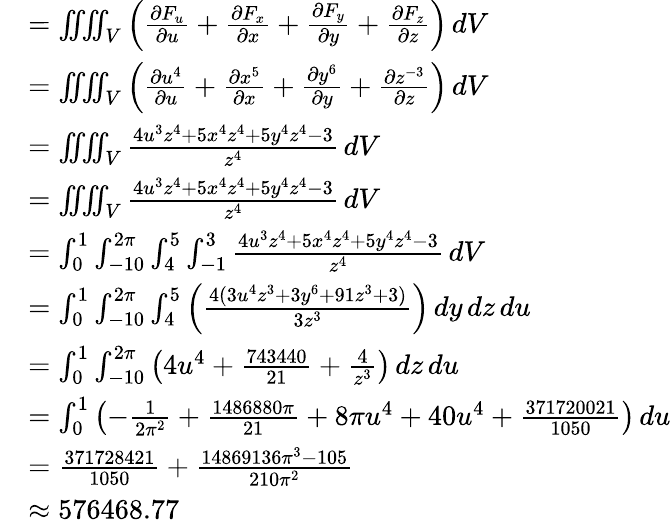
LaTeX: {\begin{array}{rl}&{=\iiiint_{V}\left({\frac{\partial F_{u}}{\partial u}}+{\frac{\partial F_{x}}{\partial x}}+{\frac{\partial F_{y}}{\partial y}}+{\frac{\partial F_{z}}{\partial z}}\right)\, dV}\\ &{=\iiiint_{V}\left({\frac{\partial u^{4}}{\partial u}}+{\frac{\partial x^{5}}{\partial x}}+{\frac{\partial y^{6}}{\partial y}}+{\frac{\partial z^{-3}}{\partial z}}\right)\, dV}\\ &{=\iiiint_{V}{\frac{4u^{3}z^{4}+5x^{4}z^{4}+5y^{4}z^{4}-3}{z^{4}}}\, dV}\\ &{=\iiiint_{V}{\frac{4u^{3}z^{4}+5x^{4}z^{4}+5y^{4}z^{4}-3}{z^{4}}}\, dV}\\ &{=\int_{0}^{1}\int_{-10}^{2\pi}\int_{4}^{5}\int_{-1}^{3}{\frac{4u^{3}z^{4}+5x^{4}z^{4}+5y^{4}z^{4}-3}{z^{4}}}\, dV}\\ &{=\int_{0}^{1}\int_{-10}^{2\pi}\int_{4}^{5}\left({\frac{4(3u^{4}z^{3}+3y^{6}+91z^{3}+3)}{3z^{3}}}\right)\, dy\, dz\, du}\\ &{=\int_{0}^{1}\int_{-10}^{2\pi}\left(4u^{4}+{\frac{743440}{21}}+{\frac{4}{z^{3}}}\right)\, dz\, du}\\ &{=\int_{0}^{1}\left(-{\frac{1}{2\pi^{2}}}+{\frac{1486880\pi}{21}}+8\pi u^{4}+40u^{4}+{\frac{371720021}{1050}}\right)\, du}\\ &{={\frac{371728421}{1050}}+{\frac{14869136\pi^{3}-105}{210\pi^{2}}}}\\ &{\approx{576468.77}}\end{array}}